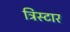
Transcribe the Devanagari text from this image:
ट्रिस्‍टार